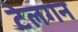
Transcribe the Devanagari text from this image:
टेलगन